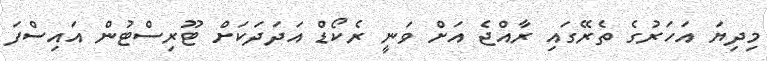
މިދިޔަ އަހަރުގެ ތެރޭގައި ރާއްޖެ އަށް ވަނީ ރެކޯޑް އަދަދަކަށް ޓޫރިސްޓުން އައިސްފަ